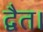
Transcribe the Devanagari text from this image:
द्वैत।